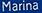
marina